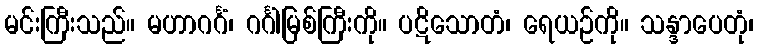
မင်းကြီးသည်။ မဟာဂင်္ဂံ၊ ဂင်္ဂါမြစ်ကြီးကို။ ပဋိသောတံ၊ ရေယဉ်ကို။ သန္ဒာပေတုံ၊